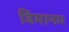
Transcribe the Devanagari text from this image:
विमानम